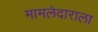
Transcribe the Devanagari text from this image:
मामलेदाराला